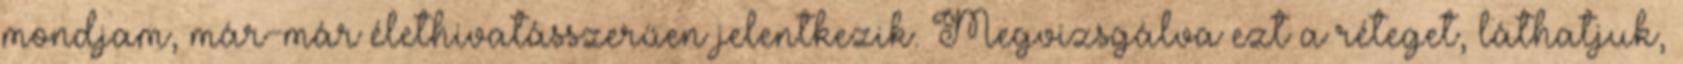
mondjam, már-már élethivatásszerűen jelentkezik. Megvizsgálva ezt a réteget, láthatjuk,